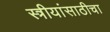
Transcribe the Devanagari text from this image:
स्त्रीयांसाठीचा